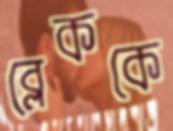
ব্লেককে